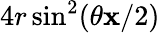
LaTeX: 4r\sin^{2}(\theta\mathbf{x}/2)